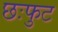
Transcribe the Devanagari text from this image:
छःफुट